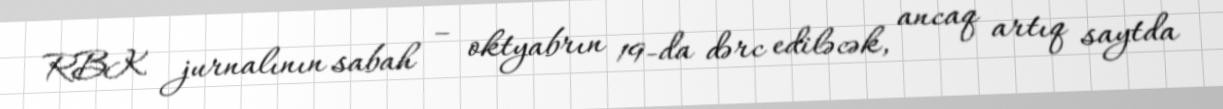
RBK jurnalının sabah – oktyabrın 19-da dərc ediləcək, ancaq artıq saytda